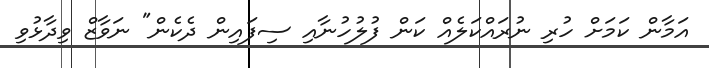
އަމާން ކަމަށް ހުރި ނުރައްކަލެއް ކަން ފުލުހުނާއި ސިފައިން ދެކެން" ނަވާޒް ވިދާޅުވި